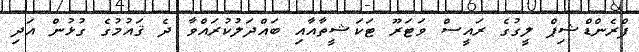
ފްރެންޑްޝިޕް ލީގުގެ ރައީސް ވަޓަރޫ ޓަކަޝީތާއާއި ބައްދަލުކުރައްވާ ދެ ޤައުމުގެ ގުޅުން އަދި